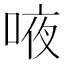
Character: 㖡